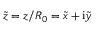
\tilde { z } = z / R _ { 0 } = \tilde { x } + \mathrm { i } \tilde { y }